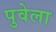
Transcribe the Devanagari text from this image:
पुवेला